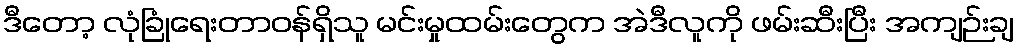
ဒီတော့ လုံခြုံရေးတာဝန်ရှိသူ မင်းမှုထမ်းတွေက အဲဒီလူကို ဖမ်းဆီးပြီး အကျဉ်းချ